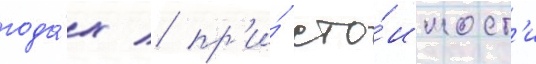
года́х / пр'и́ сто́имост'и